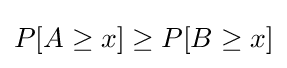
P[A\geq x]\geq P[B\geq x]